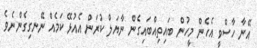
އޭނާ ހާސްވީ އެހެން މީހުން ބައިތިއްބައިގެން ނާޔަލް ކުރަން އެއުޅޭ ކަމެއް ނޭނގިގެންނެވެ